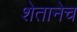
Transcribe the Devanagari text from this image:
शेतानेच